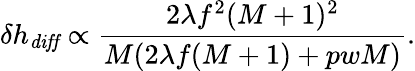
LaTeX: \delta h_{\mathit{diff}}\propto\frac{2\lambda f^{2}(M+1)^{2}}{M(2\lambda f(M+1)+pwM)}.